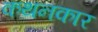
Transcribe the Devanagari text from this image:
कथनकार